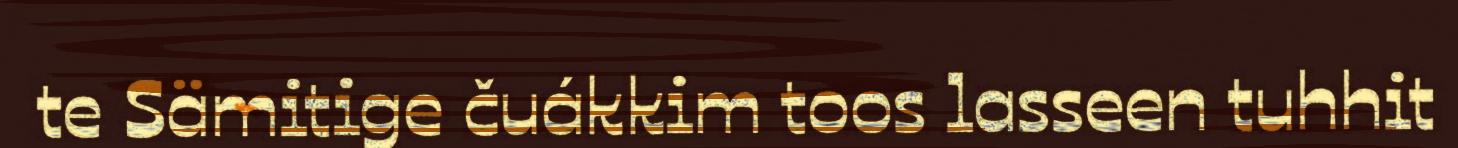
te Sämitige čuákkim toos lasseen tuhhit